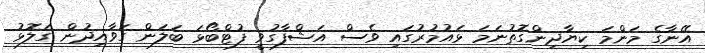
އޭނާގެ މަންމަ ކިޔާދިންގޮތުނަމަ ޅައުމުރުގައި ވެސް އަޝްފާގުވީ ފުޓްބޯޅަ ބަލަން ގަވާއިދުން ގަލޮޅު